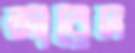
জারেদ